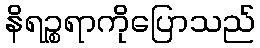
နိရဉ္စရာကိုပြောသည်